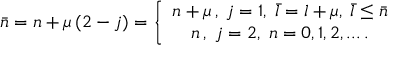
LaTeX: \bar { n } = n + \mu \left( 2 - j \right) = \left\{ \begin{array} { c } { { n + \mu \, , \; j = 1 , \; \bar { l } = l + \mu , \; \bar { l } \leq \bar { n } } } \\ { { n \, , \; j = 2 , \; n = 0 , 1 , 2 , . . . \, . } } \end{array} \right.